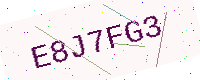
Text: E8J7FG3